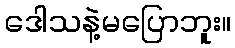
ဒေါသနဲ့မပြောဘူး။